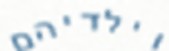
וילדיהם